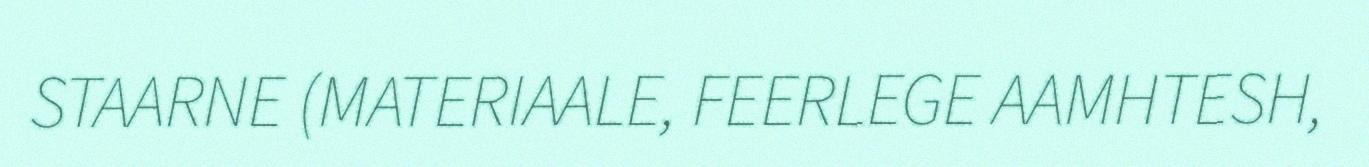
STAARNE (MATERIAALE, FEERLEGE AAMHTESH,